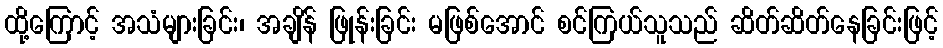
ထို့ကြောင့် အသံများခြင်း၊ အချိန် ဖြုန်းခြင်း မဖြစ်အောင် စင်ကြယ်သူသည် ဆိတ်ဆိတ်နေခြင်းဖြင့်